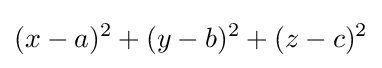
(x-a)^{2}+(y-b)^{2}+(z-c)^{2}